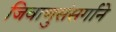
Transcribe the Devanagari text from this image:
जिवाणुसंसर्गाने